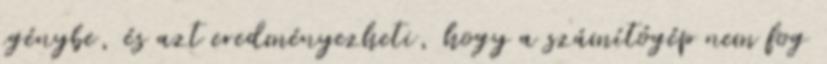
igénybe, és azt eredményezheti, hogy a számítógép nem fog